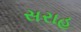
સરાહ